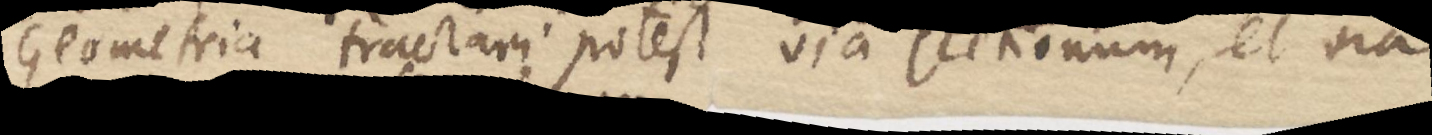
Geometria tractari potest via sectionum, et ora